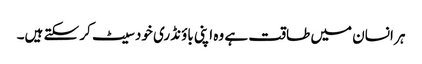
ہر انسان میں طاقت ہے وہ اپنی باؤنڈری خود سیٹ کر سکتے ہیں۔